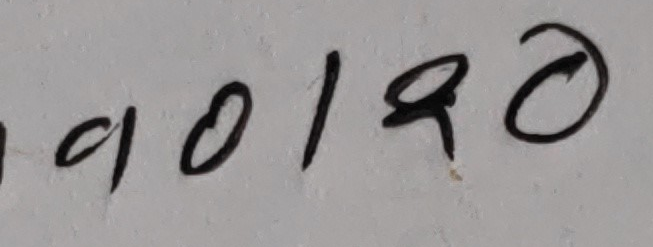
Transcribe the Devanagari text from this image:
११०१९०